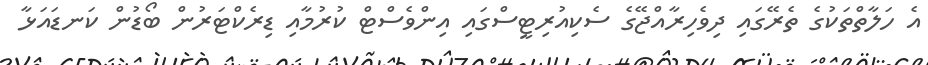
އެ ހަލާތްތަކުގެ ތެރޭގައި ދިވެހިރާއްޖޭގެ ސެކިއުރިޓީސްގައި އިންވެސްޓް ކުރުމާއި ޑިރެކްޓަރުން ބޯޑުން ކަނޑައަޅާ